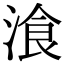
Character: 湌